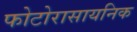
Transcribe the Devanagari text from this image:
फोटोरासायनिक